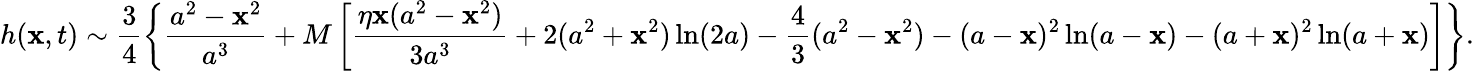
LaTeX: h(\mathbf{x},t)\sim\frac{{3}}{{4}}\left\{ \frac{{a^{2}-\mathbf{x}^{2}}}{{a^{3}}}+M\left[\frac{{\eta\mathbf{x}(a^{2}-\mathbf{x}^{2})}}{{3a^{3}}}+2(a^{2}+\mathbf{x}^{2})\ln(2a)-\frac{{4}}{{3}}(a^{2}-\mathbf{x}^{2})-(a-\mathbf{x})^{2}\ln(a-\mathbf{x})-(a+\mathbf{x})^{2}\ln(a+\mathbf{x})\right]\right\} .